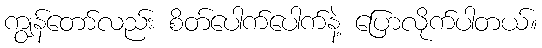
ကျွန်တော်လည်း စိတ်ပေါက်ပေါက်နဲ့ ပြောလိုက်ပါတယ်။